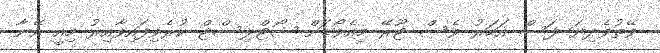
ވޭތުވެދިޔަ ފަސް އަހަރު ވެސް ޓޫރޭ މިއެވޯޑަށް ޝޯޓްލިސްޓް ކުރެވިފައިވާއިރު މިއީ އޭނާ